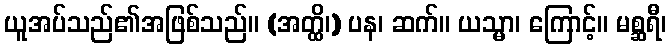
ယူအပ်သည်၏အဖြစ်သည်။ (အတ္ထိ၊) ပန၊ ဆက်။ ယသ္မာ၊ ကြောင့်။ မစ္ဆရီ၊